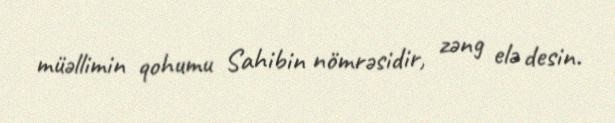
müəllimin qohumu Sahibin nömrəsidir, zəng elə desin.